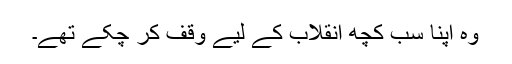
وہ اپنا سب کچھ انقلاب کے لیے وقف کر چکے تھے۔